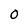
Character: 0